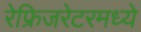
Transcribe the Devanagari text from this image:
रेफ्रिजरेटरमध्ये